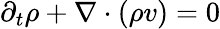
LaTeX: \begin{array}{r}{\partial_{t}\rho+\nabla\cdot(\rho v)=0}\end{array}